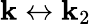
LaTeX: {\mathbf k}\leftrightarrow{\mathbf k}_{2}